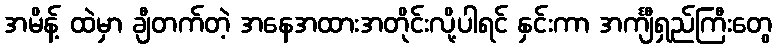
အမိန့် ထဲမှာ ချီတက်တဲ့ အနေအထားအတိုင်းလို့ပါရင် နှင်းကာ အင်္ကျီရှည်ကြီးတွေ